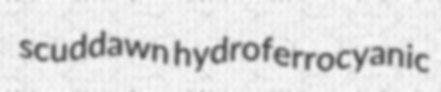
scuddawn hydroferrocyanic